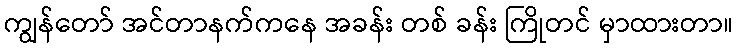
ကျွန်တော် အင်တာနက်ကနေ အခန်း တစ် ခန်း ကြိုတင် မှာထားတာ။